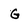
Character: G